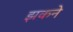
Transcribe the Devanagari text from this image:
झकने